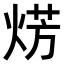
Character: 𤊊